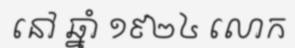
នៅ ឆ្នាំ ១៩២៤ លោក